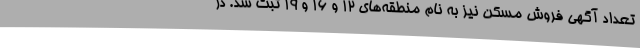
تعداد آگهی فروش مسکن نیز به نام منطقه‌های ۱۲ و ۱۶ و ۱۹ ثبت شد. در